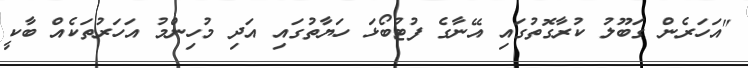
"އަހަރެން ގަބޫލު ކުރާގޮތުގައި އޭނާގެ ފުޓުބޯޅަ ހަޔާތުގައި އަދި މުހިންމު އަހަރުތަކެއް ބާކީ